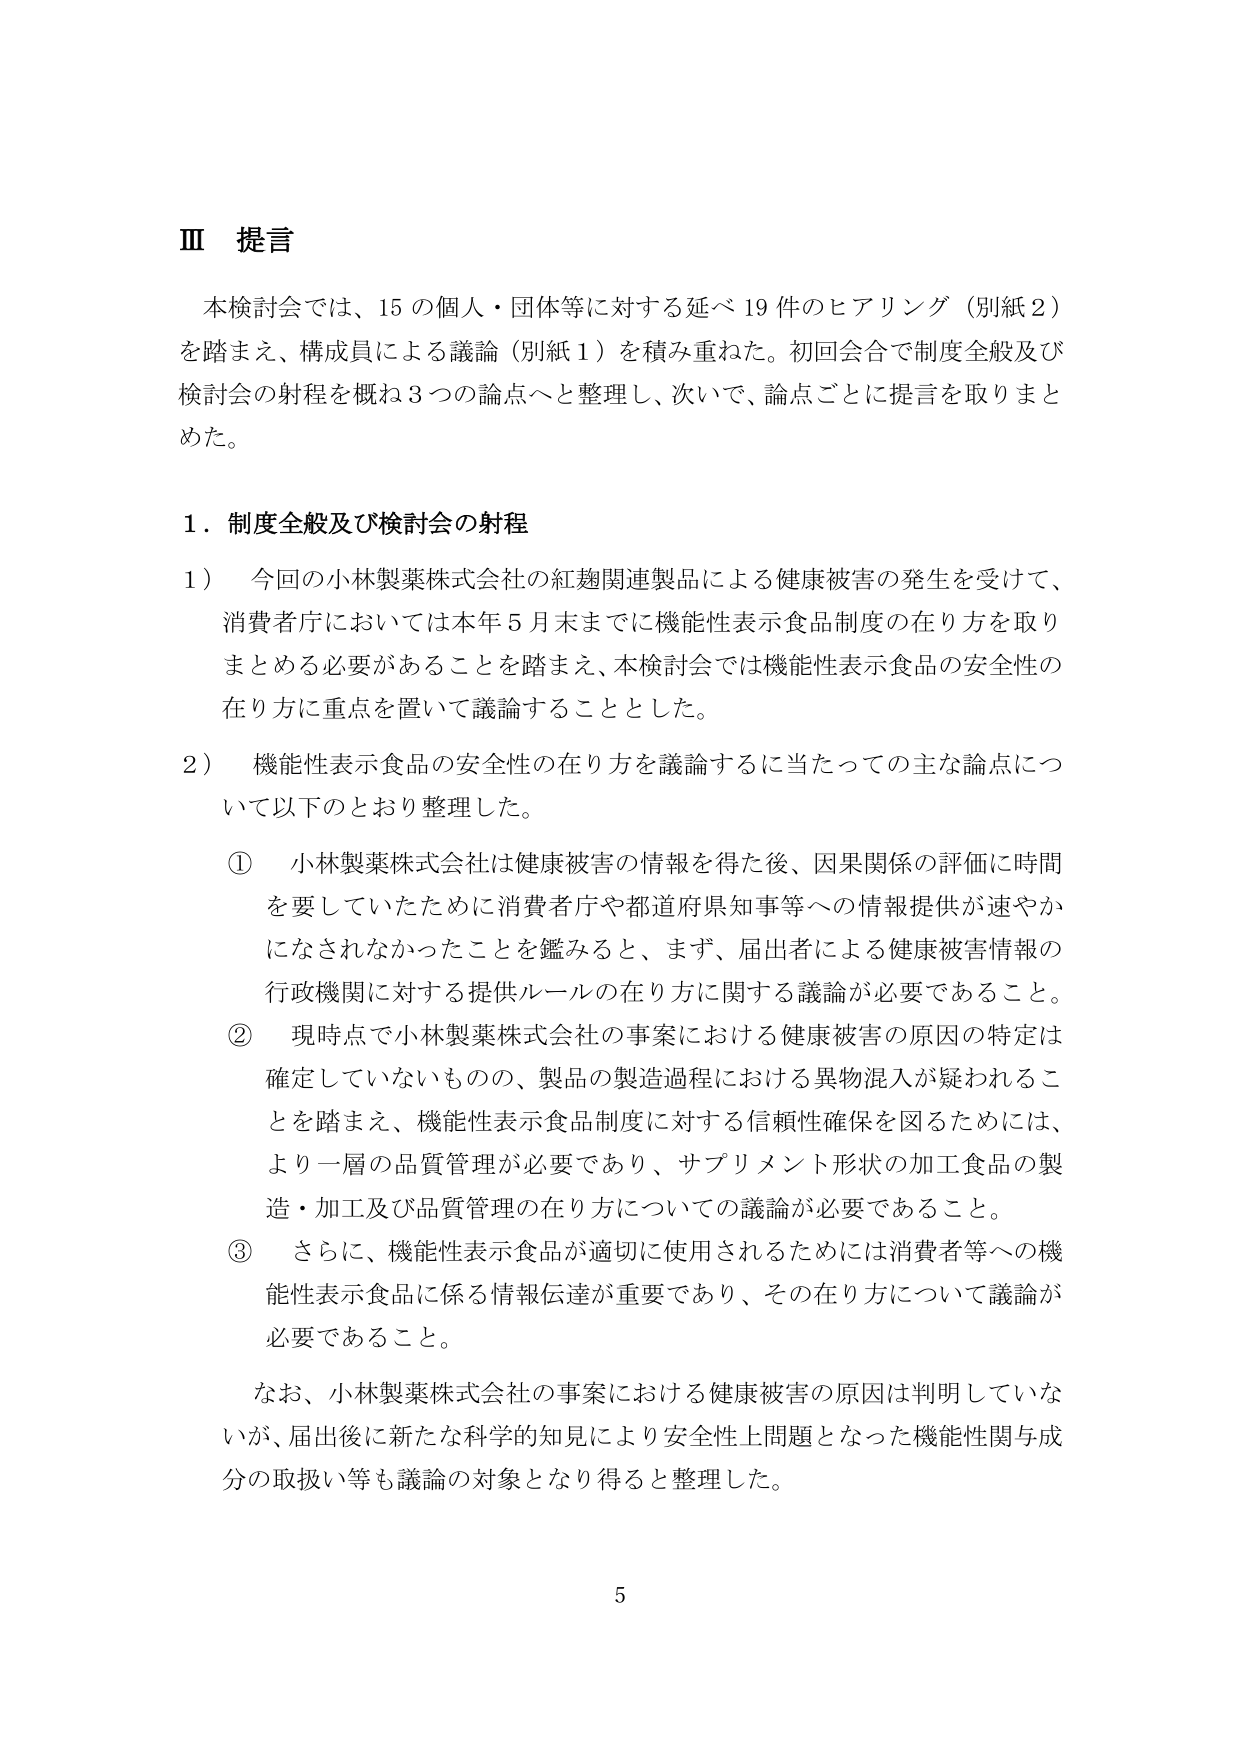
Ⅲ 提言

本検討会では、15の個人・団体等に対する延べ19件のヒアリング（別紙2）を踏まえ、構成員による議論（別紙1）を積み重ねた。初回会合で制度全般及び検討会の射程を概ね3つの論点へと整理し、次いで、論点ごとに提言を取りまとめた。

1．制度全般及び検討会の射程

1） 今回の小林製薬株式会社の紅麹関連製品による健康被害の発生を受けて、消費者庁においては本年5月末までに機能性表示食品制度の在り方を取りまとめる必要があることを踏まえ、本検討会では機能性表示食品の安全性の在り方に重点を置いて議論することとした。

2） 機能性表示食品の安全性の在り方を議論するに当たっての主な論点について以下のとおり整理した。

① 小林製薬株式会社は健康被害の情報を得た後、因果関係の評価に時間を要していたために消費者庁や都道府県知事等への情報提供が速やかになされなかったことを鑑みると、まず、届出者による健康被害情報の行政機関に対する提供ルールの在り方に関する議論が必要であること。

② 現時点で小林製薬株式会社の事案における健康被害の原因の特定は確定していないものの、製品の製造過程における異物混入が疑われることを踏まえ、機能性表示食品制度に対する信頼性確保を図るためには、より一層の品質管理が必要であり、サプリメント形状の加工食品の製造・加工及び品質管理の在り方についての議論が必要であること。

③ さらに、機能性表示食品が適切に使用されるためには消費者等への機能性表示食品に係る情報伝達が重要であり、その在り方について議論が必要であること。

なお、小林製薬株式会社の事案における健康被害の原因は判明していないが、届出後に新たな科学的知見により安全性上問題となった機能性関与成分の取扱い等も議論の対象となり得ると整理した。

5